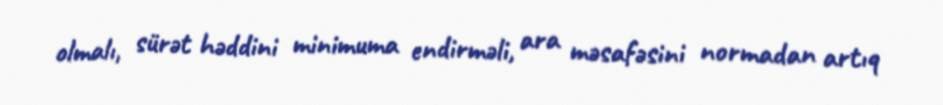
olmalı, sürət həddini minimuma endirməli, ara məsafəsini normadan artıq